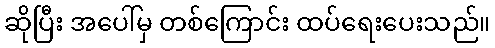
ဆိုပြီး အပေါ်မှ တစ်ကြောင်း ထပ်ရေးပေးသည်။